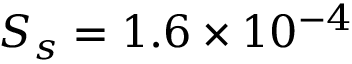
S _ { s } = 1 . 6 \times 1 0 ^ { - 4 }